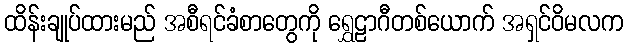
ထိန်းချုပ်ထားမည် အစီရင်ခံစာတွေကို ရွှေဠာဂီတစ်ယောက် အရှင်ဝိမလက